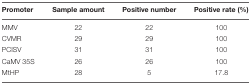
| Promoter | Sample amount | Positive number | Positive rate (%) |
 | --- | --- | --- | --- |
 | MMV | 22 | 22 | 100 |
 | CVMR | 29 | 29 | 100 |
 | PCISV | 31 | 31 | 100 |
 | CaMV 35S | 26 | 26 | 100 |
 | MtHP | 28 | 5 | 17.8 |